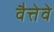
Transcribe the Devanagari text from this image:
वैत्तेवे